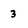
Character: 3